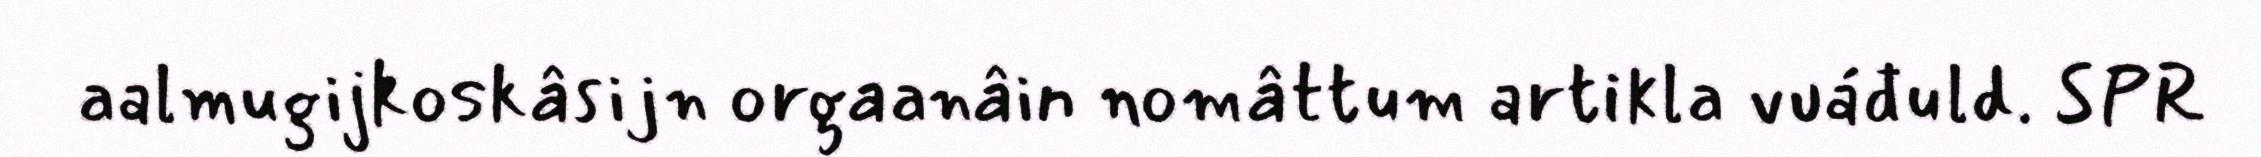
aalmugijkoskâsijn orgaanâin nomâttum artikla vuáđuld. SPR